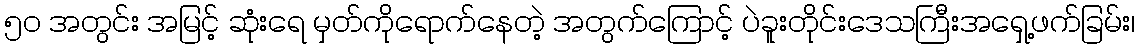
၅၀ အတွင်း အမြင့် ဆုံးရေ မှတ်ကိုရောက်နေတဲ့ အတွက်ကြောင့် ပဲခူးတိုင်းဒေသကြီးအရှေ့ဖက်ခြမ်း၊